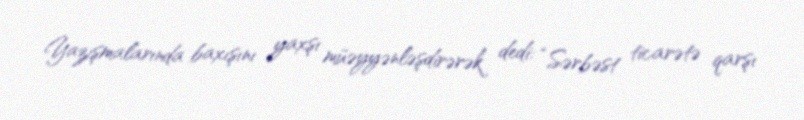
Yazışmalarında baxışını yaxşı müəyyənləşdirərək dedi: “Sərbəst ticarətə qarşı